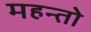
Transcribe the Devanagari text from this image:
महन्तो